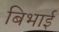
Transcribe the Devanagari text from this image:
बिभाई